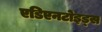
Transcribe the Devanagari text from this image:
एडिएनटोइड्स